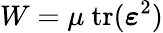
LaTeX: W=\mu~\mathrm{tr}({\boldsymbol{\varepsilon}}^{2})